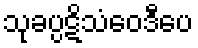
သုခပ္ပဋိသံဝေဒီပေ